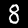
Label: 8